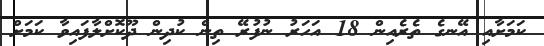
ކަމަށާއި އޭނގެ ތެރެއިން 18 އަހަރު ނުފުރޭ ތިން ކުދިން ދޫކޮށްލާފައިވާ ކަމަށް